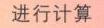
进行计算